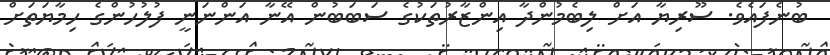
ބުނެފައެވެ. ސޫރިޔާ އަށް ލިބެމުންދާ އިންޒާރުތަކުގެ ސަބަބުން އޭނާ އަންނަނީ ފުލުހުންގެ ހިމާޔަތަށް